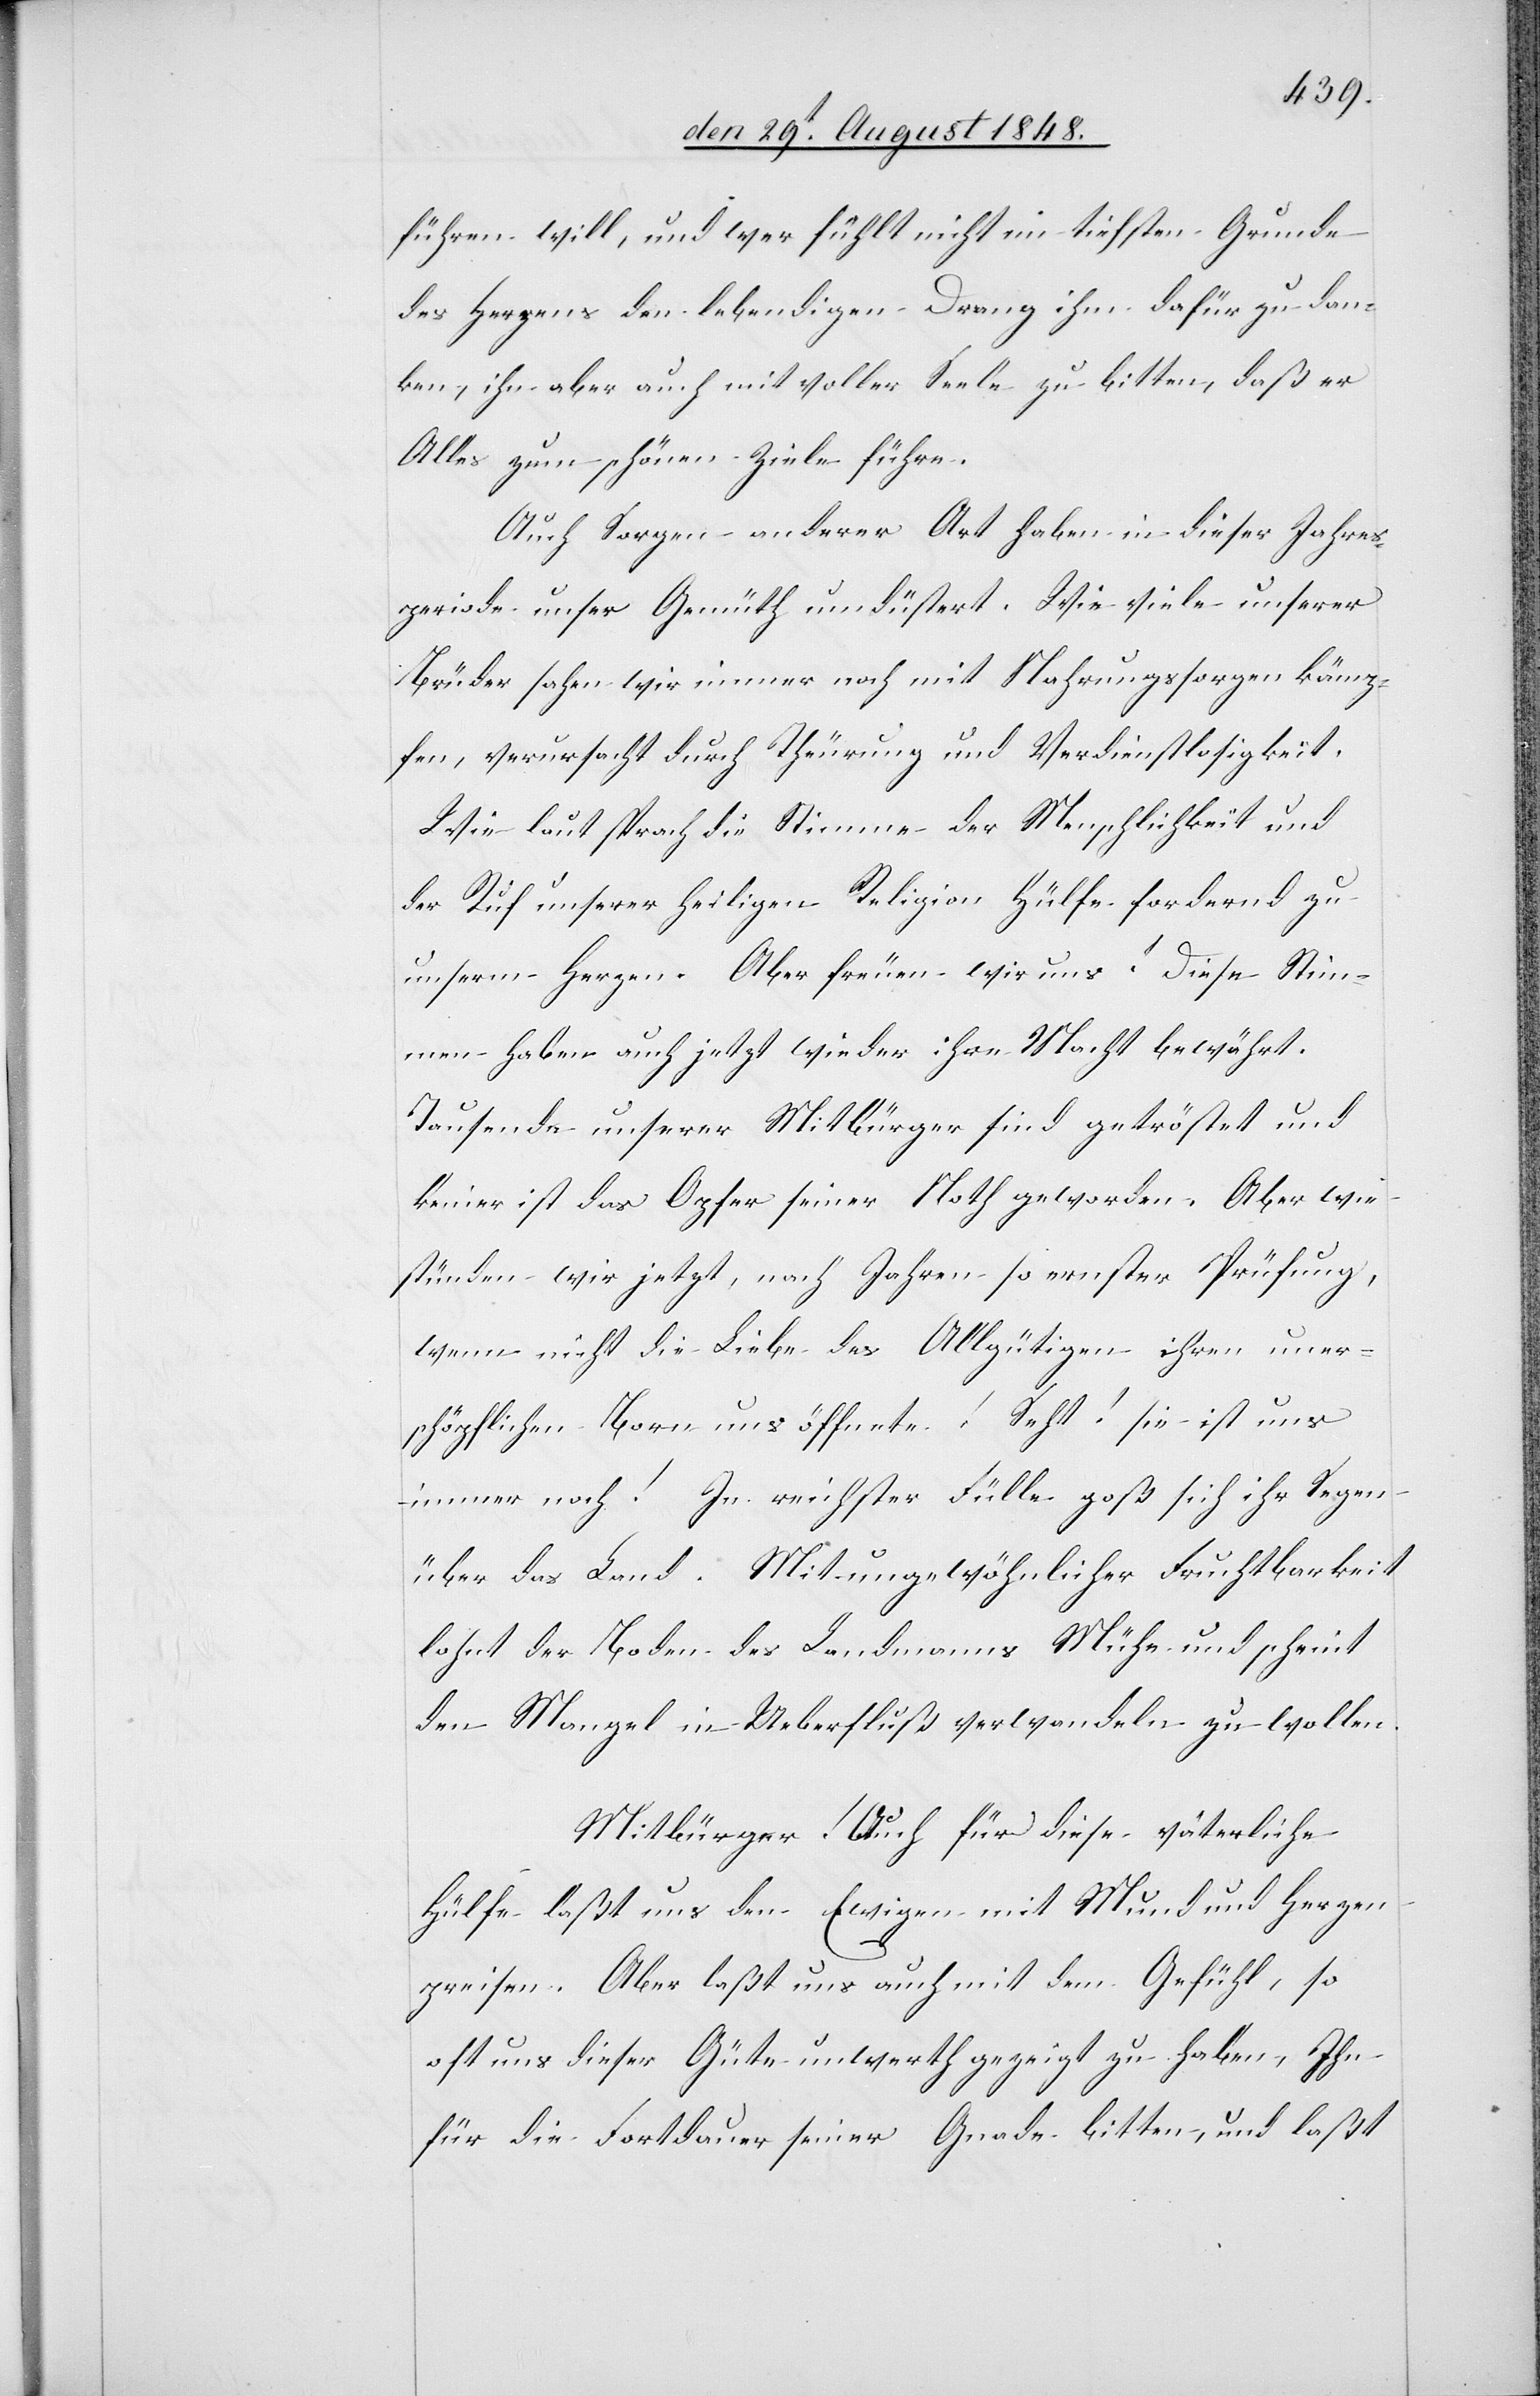
führen will, und wer fühlt nicht im tiefsten Grunde
des Herzens den lebendigen Drang ihm dafür zu dan¬
ken, ihn aber auch mit voller Seele zu bitten, daß er
Alles zum schönen Ziele führe.
Auch Sorgen anderer Art haben in dieser Jahres¬
periode unser Gemüth umdüstert. Wie viele unserer
Brüder sahen wir immer noch mit Nahrungssorgen kämp¬
fen, verursacht durch Theurung und Verdienstlosigkeit.
Wie laut sprach die Stimme der Menschlichkeit und
der Ruf unserer heiligen Religion Hülfe fordernd zu
unserm Herzen. Aber freuen wir uns! Diese Stim¬
men haben auch jetzt wieder ihre Macht bewährt.
Tausende unserer Mitbürger sind getröstet und
keiner ist das Opfer seiner Noth geworden. Aber wie
stünden wir jetzt, nach Jahren so ernster Prüfung,
wenn nicht die Liebe des Allgütigen ihren uner¬
schöpflichen Born uns öffnete! Seht! sie ist uns
immer noch! In reichster Fülle goß sich ihr Segen
über das Land. Mit ungewöhnlicher Fruchtbarkeit
lohnt der Boden des Landmanns Mühe und scheint
den Mangel in Ueberfluß verwandeln zu wollen.
Mitbürger! Auch für diese väterliche
Hülfe laßt uns den Ewigen mit Mund und Herzen
preisen. Aber laßt uns auch mit dem Gefühl, so
oft uns dieser Güte unwerth gezeigt zu haben, Ihn
für die Fortdauer seiner Gnade bitten, und laßt